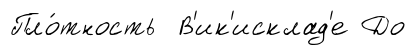
Пло́тность В'ик'исклад'е До